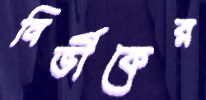
নির্ভীকের